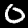
Digit: 0